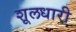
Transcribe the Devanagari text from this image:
शूलधारी